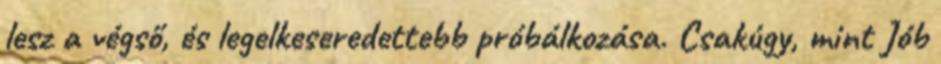
lesz a végső, és legelkeseredettebb próbálkozása. Csakúgy, mint Jób